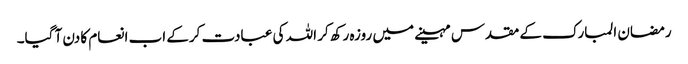
رمضان المبارک کے مقدس مہینے میں روزہ رکھ کر اللہ کی عبادت کرکے اب انعام کا دن آ گیا۔